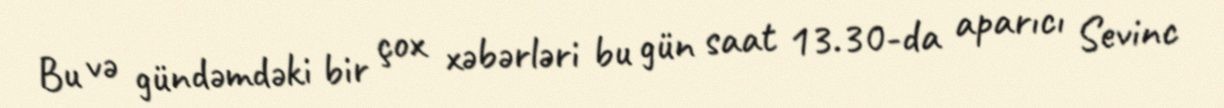
Bu və gündəmdəki bir çox xəbərləri bu gün saat 13.30-da aparıcı Sevinc